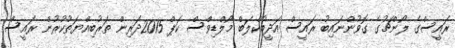
ރައީސްގެ ލޯންޗުގެ ގޮވުންނައިބު ރައީސް އަދީބުކްލަބް މޯލްޑިވްސް ކަޕް 2015ދަރިން ތަރުބިއްޔަތުކުރުން ރައީސް